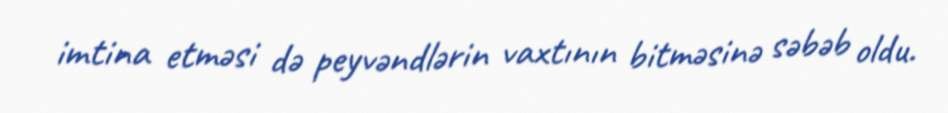
imtina etməsi də peyvəndlərin vaxtının bitməsinə səbəb oldu.